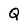
Character: Q